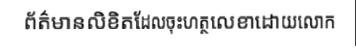
ព័ត៌មានលិខិតដែលចុះហត្ថលេខាដោយលោក